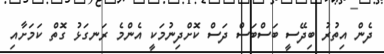
ދެން އިތުރު ބިދޭސީ ބަސްބަސް ދަސް ކޮށްދިނުމަކީ އެންމެ ރަނގަޅު ގޮތް ކަމަށާއި